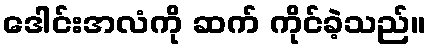
ဒေါင်းအလံကို ဆက် ကိုင်ခဲ့သည်။